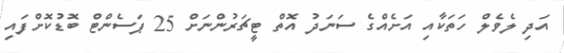
އަދި ލެވެލް ހަތަކާއި އަށެއްގެ ސަނަދު އޮތް ޓީޗަރުންނަށް 25 ޕަސެންޓް ބޮޑުކޮށްފައި